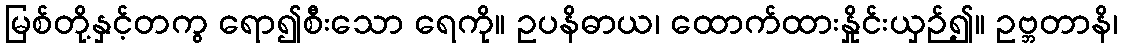
မြစ်တို့နှင့်တကွ ရော၍စီးသော ရေကို။ ဥပနိဓာယ၊ ထောက်ထားနှိုင်းယှဉ်၍။ ဥဗ္ဘတာနိ၊